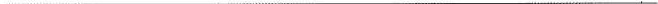
___